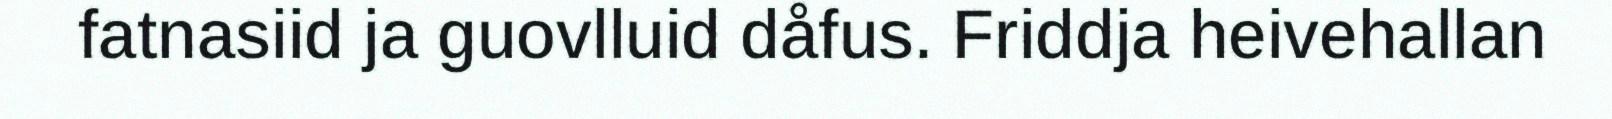
fatnasiid ja guovlluid dåfus. Friddja heivehallan